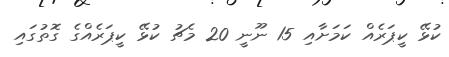
ކުޅޭ ކީޕަރެއް ކަމަށާއި 15 ނޫނީ 20 މެޗު ކުޅޭ ކީޕަރެއްގެ ގޮތުގައި